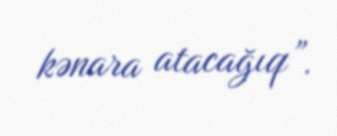
kənara atacağıq”.